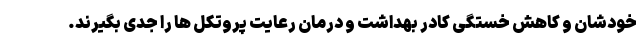
خودشان و کاهش خستگی کادر بهداشت و درمان رعایت پروتکل ها را جدی بگیرند.